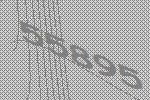
55895